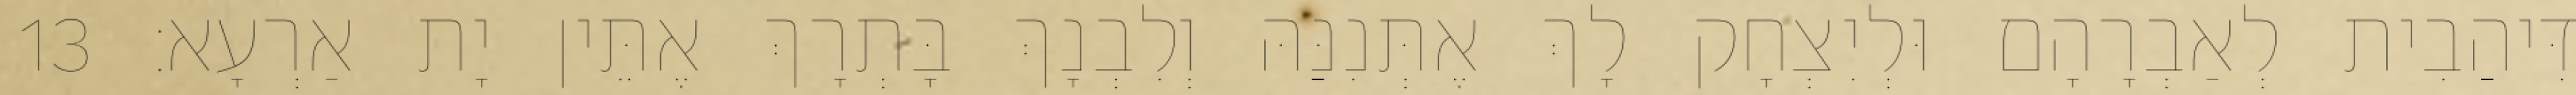
דִּיהַבִית לְאַבְרָהָם וּלְיִצְחָק לָךְ אֶתְּנִנַּהּ וְלִבְנָךְ בָּתְרָךְ אֶתֵּין יָת אַרְעָא׃ 13